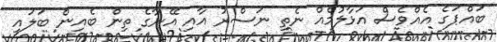
ބައްޕަގެ އެއްވެސް އަޅާލުމެއް ނެތި ނަސްރު އާއި އޭނާގެ ތިން ބެއިން ބަލައި